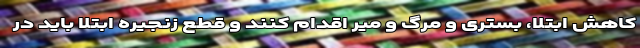
کاهش ابتلا، بستری و مرگ و میر اقدام کنند و قطع زنجیره ابتلا باید در